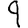
Digit: 9